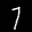
Digit: 7